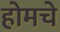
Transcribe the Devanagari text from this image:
होमचे